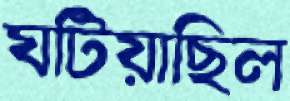
ঘটিয়াছিল